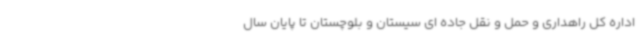
اداره کل راهداری و حمل و نقل جاده ای سیستان و بلوچستان تا پایان سال